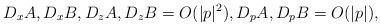
LaTeX: \begin{align*} D_xA, D_xB, D_zA, D_zB = O(|p|^2), D_pA, D_pB = O(|p|),\end{align*}